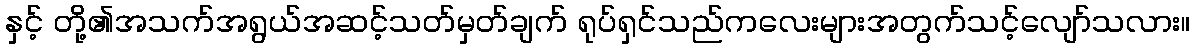
နှင့် တို့၏အသက်အရွယ်အဆင့်သတ်မှတ်ချက် ရုပ်ရှင်သည်ကလေးများအတွက်သင့်လျော်သလား။